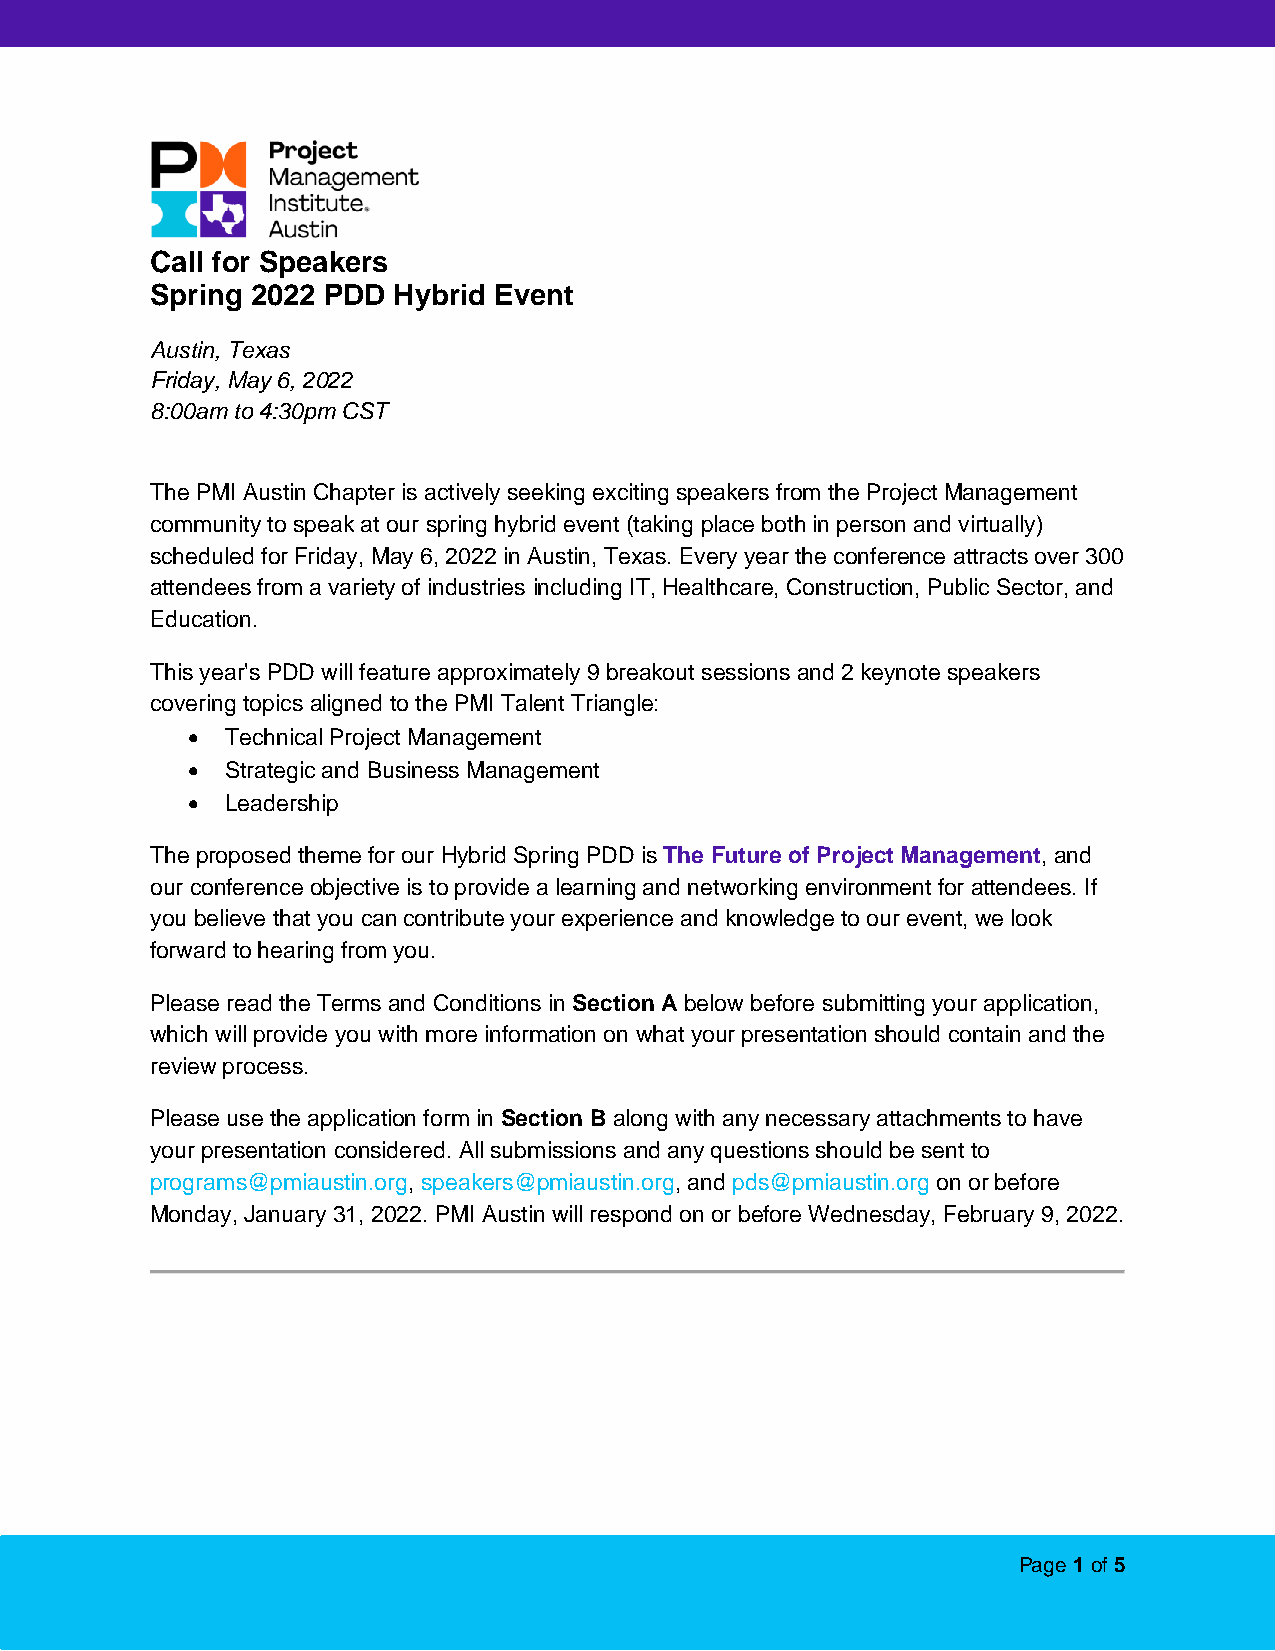
Call for Speakers
 Spring 2022 PDD Hybrid Event
 Austin, Texas
 Friday, May 6, 2022
 8:00am to 4:30pm CST
 The PMI Austin Chapter is actively seeking exciting speakers from the Project Management
 community to speak at our spring hybrid event (taking place both in person and virtually)
 scheduled for Friday, May 6, 2022 in Austin, Texas. Every year the conference attracts over 300
 attendees from a variety of industries including IT, Healthcare, Construction, Public Sector, and
 Education.
 This year's PDD will feature approximately 9 breakout sessions and 2 keynote speakers
 covering topics aligned to the PMI Talent Triangle:
 •  Technical Project Management
 •  Strategic and Business Management
 •  Leadership
 The proposed theme for our Hybrid Spring PDD is The Future of Project Management, and
 our conference objective is to provide a learning and networking environment for attendees. If
 you believe that you can contribute your experience and knowledge to our event, we look
 forward to hearing from you.
 Please read the Terms and Conditions in Section A below before submitting your application,
 which will provide you with more information on what your presentation should contain and the
 review process.
 Please use the application form in Section B along with any necessary attachments to have
 your presentation considered. All submissions and any questions should be sent to
 programs@pmiaustin.org, speakers@pmiaustin.org, and pds@pmiaustin.org on or before
 Monday, January 31, 2022. PMI Austin will respond on or before Wednesday, February 9, 2022.
 Page 1 of 5